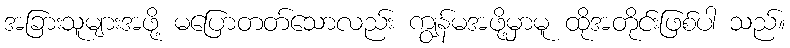
အခြားသူများအဖို့ မပြောတတ်သောလည်း ကျွန်မအဖို့မှာမူ ထိုအတိုင်းဖြစ်ပါ သည်။